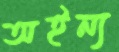
অইন্য